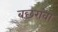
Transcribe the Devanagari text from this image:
बछरांवा